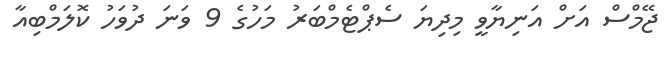
ޖޭމްސް އަށް އަނިޔާވީ މިދިޔަ ސެޕްޓެމްބަރު މަހުގެ 9 ވަނަ ދުވަހު ކޮލަމްބިއާ